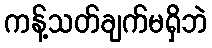
ကန့်သတ်ချက်မရှိဘဲ